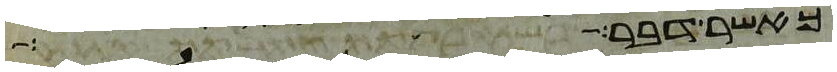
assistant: כאשר דבר משה